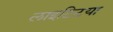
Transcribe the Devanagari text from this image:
लाइटिटया